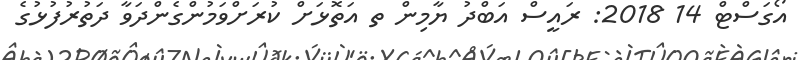
އޯގަސްޓް 14 2018: ރައީސް އަބްދު ޔާމިން ތ އަތޮޅަށް ކުރަށްވަމުންގެންދަވާ ދަތުރުފުޅުގެ